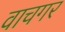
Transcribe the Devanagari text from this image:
वाचगर